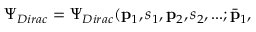
\Psi _ { D i r a c } = \Psi _ { D i r a c } ( { \bf p } _ { 1 } , s _ { 1 } , { \bf p } _ { 2 } , s _ { 2 } , . . . ; \bar { { \bf p } } _ { 1 } ,